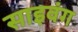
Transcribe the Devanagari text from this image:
साइवंग